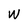
Character: W